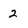
Character: 2